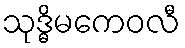
သုဒ္ဓိမကေဝလီ